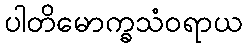
ပါတိမောက္ခသံဝရာယ